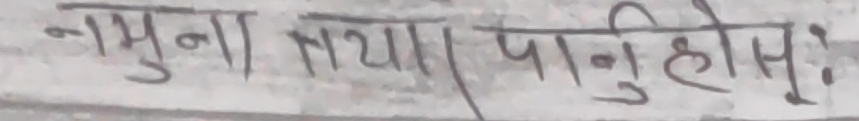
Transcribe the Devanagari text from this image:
नमूना तयार। पानी होसुः